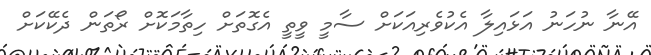
އޭނާ ނުހަނު އަޅައިލާ އެކުވެރިއަކަށް ސާމީ ވީތީ އެގޮތަށް ހިތާމަކޮށް ރޯތަން ދެކޭކަށް